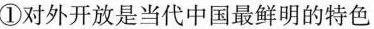
①对外开放是当代中国最鲜明的特色